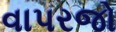
વાપરજો